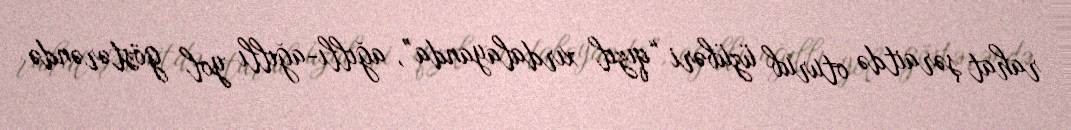
rahat şəraitdə oturub üzübəri “qızıl xırdalayanda”, ağıllı-ağıllı yol göstərəndə